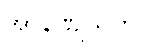
အာနဏျသုတ်။